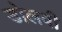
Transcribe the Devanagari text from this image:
डोलवी